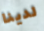
لدينا